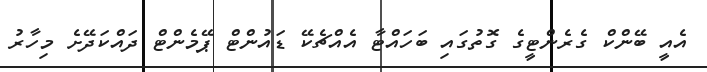
އެއީ ބޭންކް ގެރެންޓީގެ ގޮތުގައި ބަހައްޓާ އެއްޗެކޭ ޑައުންޓް ޕޭމެންޓް ދައްކަދޭށެ މިހާރު